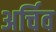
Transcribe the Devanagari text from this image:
अर्चिव